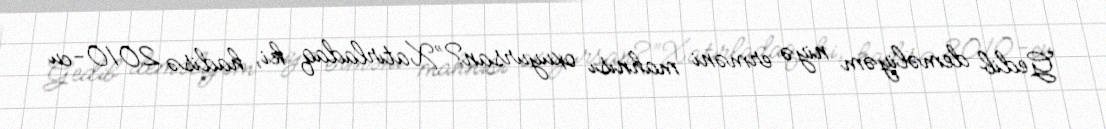
Gedib deməliyəm niyə erməni mahnısı oxuyursan?”Xatırladaq ki, hadisə 2010-cu